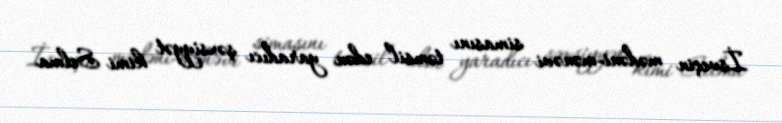
İsveçin mədəni-mənəvi simasını təmsil edən yaradıcı şəxsiyyət kimi Selma